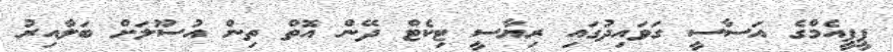
ޕީޕީއެމްގެ އަސާސީ ގަވައިދުގައި ރިޔާސީ ޓިކެޓް ދޭން އޮތް ތިން އުސޫލަށް ބަލާއިރު